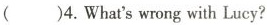
()4.What's wrong with Lucy?